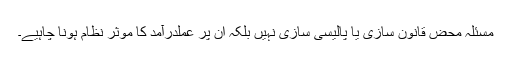
مسئلہ محض قانون سازی یا پالیسی سازی نہیں بلکہ ان پر عملدرآمد کا موثر نظام ہونا چاہیے۔